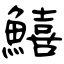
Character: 鱚